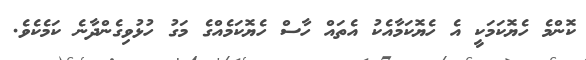
ކޮންމެ ހެޔޮކަމަކީ އެ ހެޔޮކަމާއެކު އެތައް ހާސް ހެޔޮކަމެއްގެ މަގު ހުޅުވިގެންދާނެ ކަމެކެވެ.